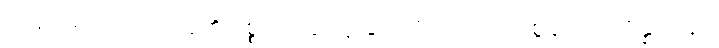
အရှင်မပေးသောသူ၏ ဥစ္စာကို ခိုးယူခြင်းကို။ ပဟာယ၊ စွန့်၍။ အဒိန္နာဒါနာ၊